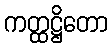
ကတ္ထဋ္ဌိတော